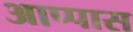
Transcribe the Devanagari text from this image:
आप्पास